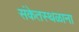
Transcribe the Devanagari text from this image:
संकेतस्थळाना